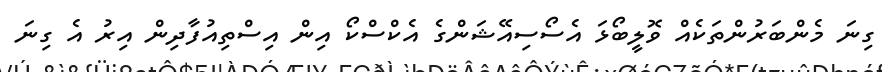
ގިނަ މެންބަރުންތަކެއް ވޮލީބޯޅަ އެސޯސިއޭޝަންގެ އެކްސްކޯ އިން އިސްތިއުފާދިން އިރު އެ ގިނަ